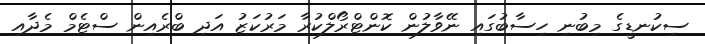
ސިކުނޑީގެ މިބުނި ހިސާބުގައި ނޭވާލުން ކޮންޓްރޯލްކުރާ މަރުކަޒު އަދި ބްރެއިން ސްޓެމް މެދާއި